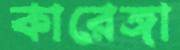
কারেঙ্গা